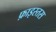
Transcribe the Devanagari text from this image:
फ़ाइस्तस